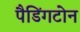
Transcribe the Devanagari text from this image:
पैडिंगटोन